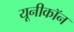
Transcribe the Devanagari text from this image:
यूनीकॉन